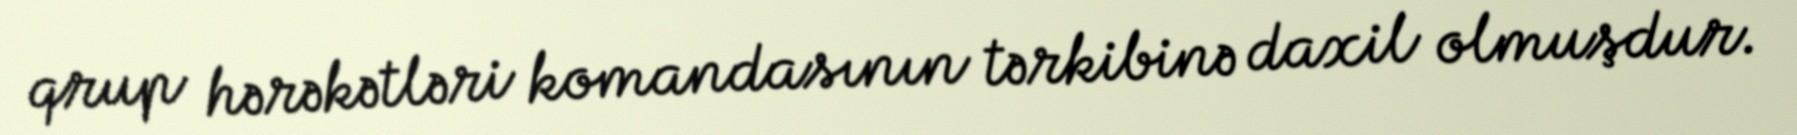
qrup hərəkətləri komandasının tərkibinə daxil olmuşdur.